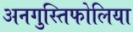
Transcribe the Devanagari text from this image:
अनगुस्तिफोलिया